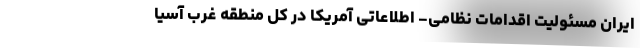
ایران مسئولیت اقدامات نظامی- اطلاعاتی آمریکا در کل منطقه غرب آسیا